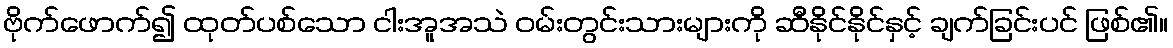
ဗိုက်ဖောက်၍ ထုတ်ပစ်သော ငါးအူအသဲ ဝမ်းတွင်းသားများကို ဆီနိုင်နိုင်နှင့် ချက်ခြင်းပင် ဖြစ်၏။